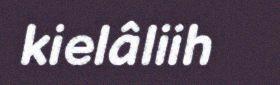
kielâliih